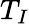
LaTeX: T_{I}